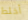
أخلط